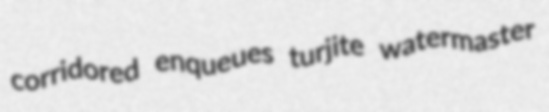
corridored enqueues turjite watermaster